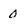
Character: 0